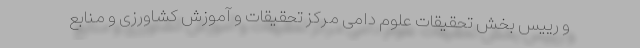
و رییس بخش تحقیقات علوم دامی مرکز تحقیقات و آموزش کشاورزی و منابع